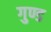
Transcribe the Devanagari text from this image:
गुण्ड